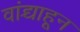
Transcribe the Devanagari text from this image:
वांद्र्याहून